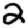
Digit: 2